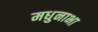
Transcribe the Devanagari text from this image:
मधुनाभा